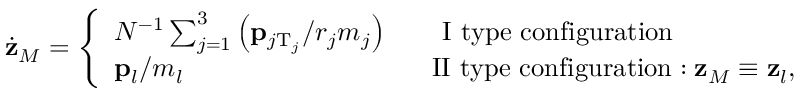
\dot { \bf z } _ { M } = \left\{ \begin{array} { l l } { { N ^ { - 1 } \sum _ { j = 1 } ^ { 3 } \left( { \bf p } _ { j \mathrm { T } _ { j } } / r _ { j } m _ { j } \right) \qquad \mathrm { I ~ t y p e ~ c o n f i g u r a t i o n } } } & { { } } \\ { { { \bf p } _ { l } / m _ { l } \qquad \qquad \qquad \qquad \quad \mathrm { ~ I I ~ t y p e ~ c o n f i g u r a t i o n } : { \bf z } _ { M } \equiv { \bf z } _ { l } , } } \end{array} \right.